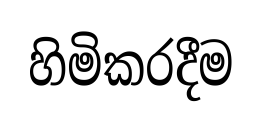
හිමිකරදීම